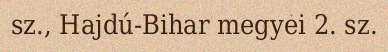
sz., Hajdú-Bihar megyei 2. sz.